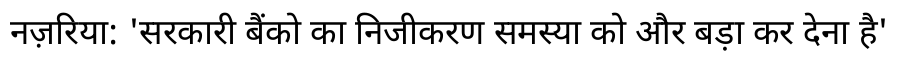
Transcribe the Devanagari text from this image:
नज़रिया: 'सरकारी बैंको का निजीकरण समस्या को और बड़ा कर देना है'